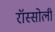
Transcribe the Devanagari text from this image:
रॉस्सोली